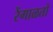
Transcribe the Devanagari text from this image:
रेंगाळतो